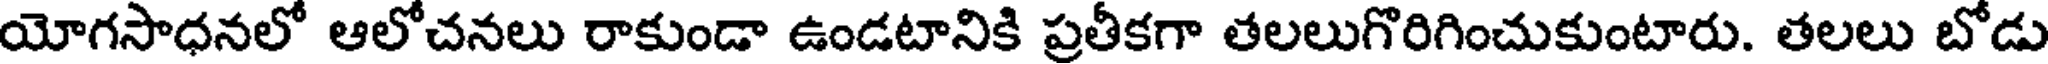
యోగసాధనలో ఆలోచనలు రాకుండా ఉండటానికి ప్రతీకగా తలలుగొరిగించుకుంటారు. తలలు బోడు